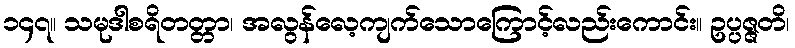
၁၄၇။ သမုဒါစရိတတ္တာ၊ အလွန်လေ့ကျက်သောကြောင့်လည်းကောင်း။ ဥပ္ပဇ္ဇတိ၊